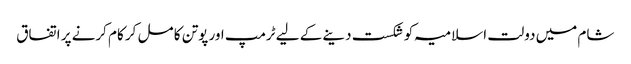
شام میں دولت اسلامیہ کو شکست دینے کے لیے ٹرمپ اور پوتن کا مل کر کام کرنے پر اتفاق